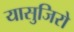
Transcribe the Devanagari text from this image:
यासुजिरो